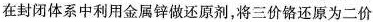
在封闭体系中利用金属锌做还原剂，将三价铬还原为二价